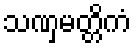
သဏှမတ္တိကံ